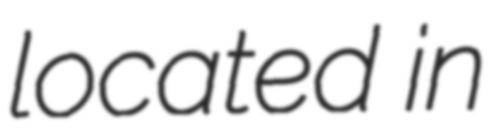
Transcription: located in